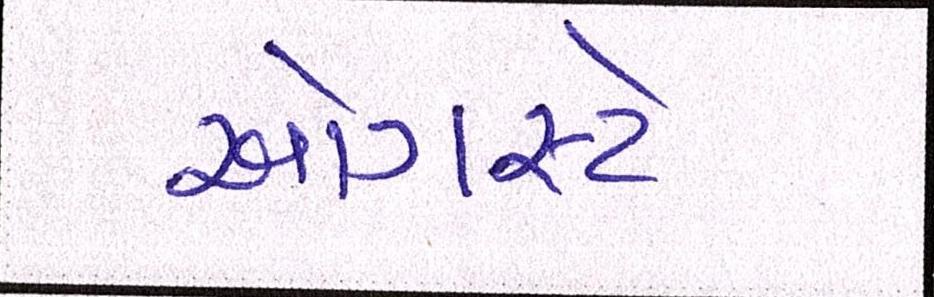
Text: ઓગસ્ટે